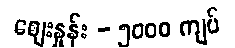
စျေးနှုန်း - ၅၀၀၀ ကျပ်